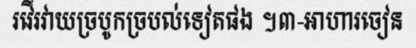
រវើរវាយច្របូកច្របល់ទៀតផង ។៣-អាហារចៀន